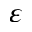
\varepsilon